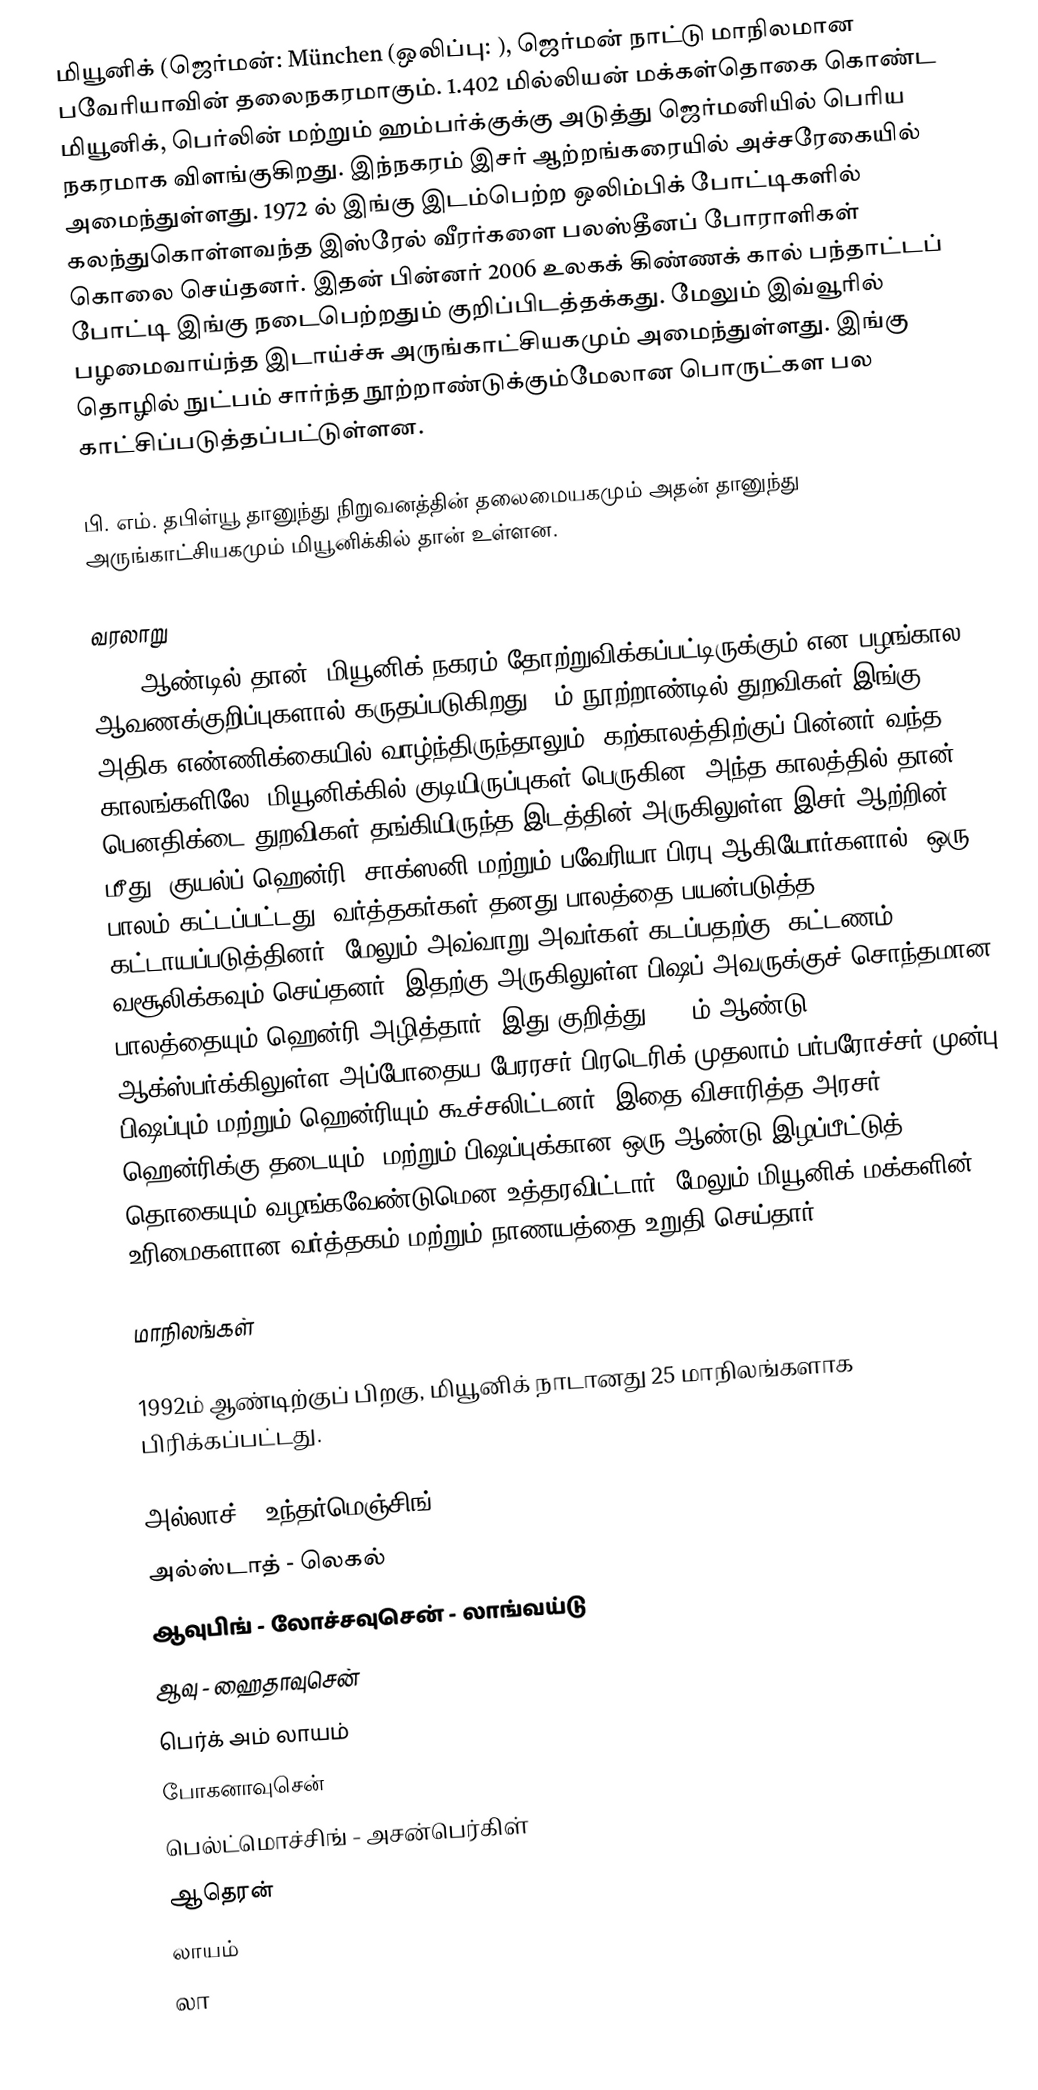
மியூனிக் (ஜெர்மன்: München (ஒலிப்பு:   ), ஜெர்மன் நாட்டு மாநிலமான பவேரியாவின் தலைநகரமாகும். 1.402 மில்லியன் மக்கள்தொகை கொண்ட மியூனிக், பெர்லின் மற்றும் ஹம்பர்க்குக்கு அடுத்து ஜெர்மனியில் பெரிய நகரமாக விளங்குகிறது. இந்நகரம் இசர் ஆற்றங்கரையில்  அச்சரேகையில் அமைந்துள்ளது. 1972 ல் இங்கு இடம்பெற்ற ஒலிம்பிக் போட்டிகளில் கலந்துகொள்ளவந்த இஸ்ரேல் வீரர்களை பலஸ்தீனப் போராளிகள் கொலை செய்தனர். இதன் பின்னர் 2006 உலகக் கிண்ணக் கால் பந்தாட்டப் போட்டி இங்கு நடைபெற்றதும் குறிப்பிடத்தக்கது. மேலும் இவ்வூரில் பழமைவாய்ந்த இடாய்ச்சு அருங்காட்சியகமும் அமைந்துள்ளது. இங்கு தொழில் நுட்பம் சார்ந்த நூற்றாண்டுக்கும்மேலான பொருட்கள பல காட்சிப்படுத்தப்பட்டுள்ளன.

பி. எம். தபிள்யூ தானுந்து நிறுவனத்தின் தலைமையகமும் அதன் தானுந்து அருங்காட்சியகமும் மியூனிக்கில் தான் உள்ளன.

வரலாறு
1158 ஆண்டில் தான், மியூனிக் நகரம் தோற்றுவிக்கப்பட்டிருக்கும் என பழங்கால ஆவணக்குறிப்புகளால் கருதப்படுகிறது. 8ம் நூற்றாண்டில் துறவிகள் இங்கு அதிக எண்ணிக்கையில் வாழ்ந்திருந்தாலும், கற்காலத்திற்குப் பின்னர் வந்த காலங்களிலே, மியூனிக்கில் குடியிருப்புகள் பெருகின. அந்த காலத்தில் தான், பெனதிக்டை துறவிகள் தங்கியிருந்த இடத்தின் அருகிலுள்ள இசர் ஆற்றின் மீது, குயல்ப் ஹென்ரி, சாக்ஸனி மற்றும் பவேரியா பிரபு ஆகியோர்களால், ஒரு பாலம் கட்டப்பட்டது. வர்த்தகர்கள் தனது பாலத்தை பயன்படுத்த கட்டாயப்படுத்தினர். மேலும் அவ்வாறு அவர்கள் கடப்பதற்கு, கட்டணம் வசூலிக்கவும் செய்தனர். இதற்கு அருகிலுள்ள பிஷப் அவருக்குச் சொந்தமான பாலத்தையும் ஹென்ரி அழித்தார். இது குறித்து 1158ம் ஆண்டு, ஆக்ஸ்பர்க்கிலுள்ள அப்போதைய பேரரசர் பிரடெரிக் முதலாம் பர்பரோச்சர் முன்பு பிஷப்பும் மற்றும் ஹென்ரியும் கூச்சலிட்டனர். இதை விசாரித்த அரசர், ஹென்ரிக்கு தடையும், மற்றும் பிஷப்புக்கான ஒரு ஆண்டு இழப்பீட்டுத் தொகையும் வழங்கவேண்டுமென உத்தரவிட்டார். மேலும் மியூனிக் மக்களின் உரிமைகளான வர்த்தகம் மற்றும் நாணயத்தை உறுதி செய்தார்.

மாநிலங்கள்

1992ம் ஆண்டிற்குப் பிறகு, மியூனிக் நாடானது 25 மாநிலங்களாக பிரிக்கப்பட்டது.

 அல்லாச் - உந்தர்மெஞ்சிங்
 அல்ஸ்டாத் - லெகல்
 ஆவுபிங் - லோச்சவுசென் - லாங்வய்டு
 ஆவு - ஹைதாவுசென்
 பெர்க் அம் லாயம்
 போகனாவுசென்
 பெல்ட்மொச்சிங் - அசன்பெர்கிள்
 ஆதெரன்
 லாயம்
 லா